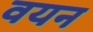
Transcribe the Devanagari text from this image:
वयन